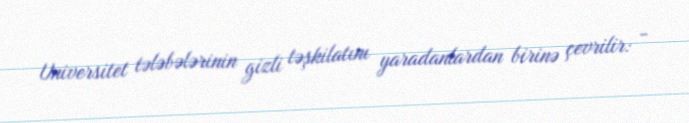
Universitet tələbələrinin gizli təşkilatını yaradanlardan birinə çevrilir: -